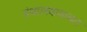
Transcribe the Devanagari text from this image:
ग्रंथालयाबाबत